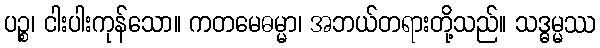
ပဉ္စ၊ ငါးပါးကုန်သော။ ကတမေဓမ္မာ၊ အဘယ်တရားတို့သည်။ သဒ္ဓမ္မဿ